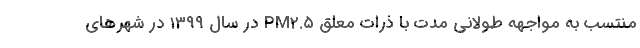
منتسب به مواجهه طولانی مدت با ذرات معلق PM۲.۵ در سال ۱۳۹۹ در شهرهای